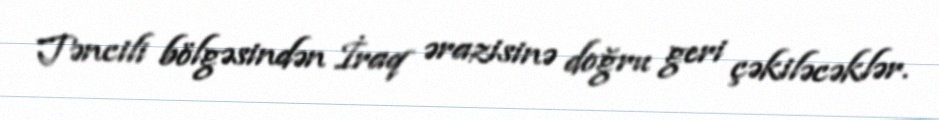
Təncili bölgəsindən İraq ərazisinə doğru geri çəkiləcəklər.